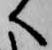
へ